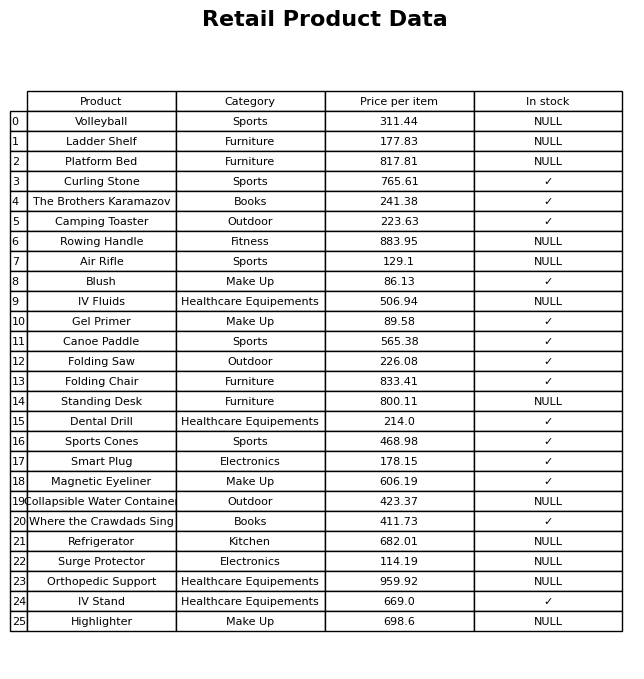
question: Is the Sports Cones in stock?
answer: ✓